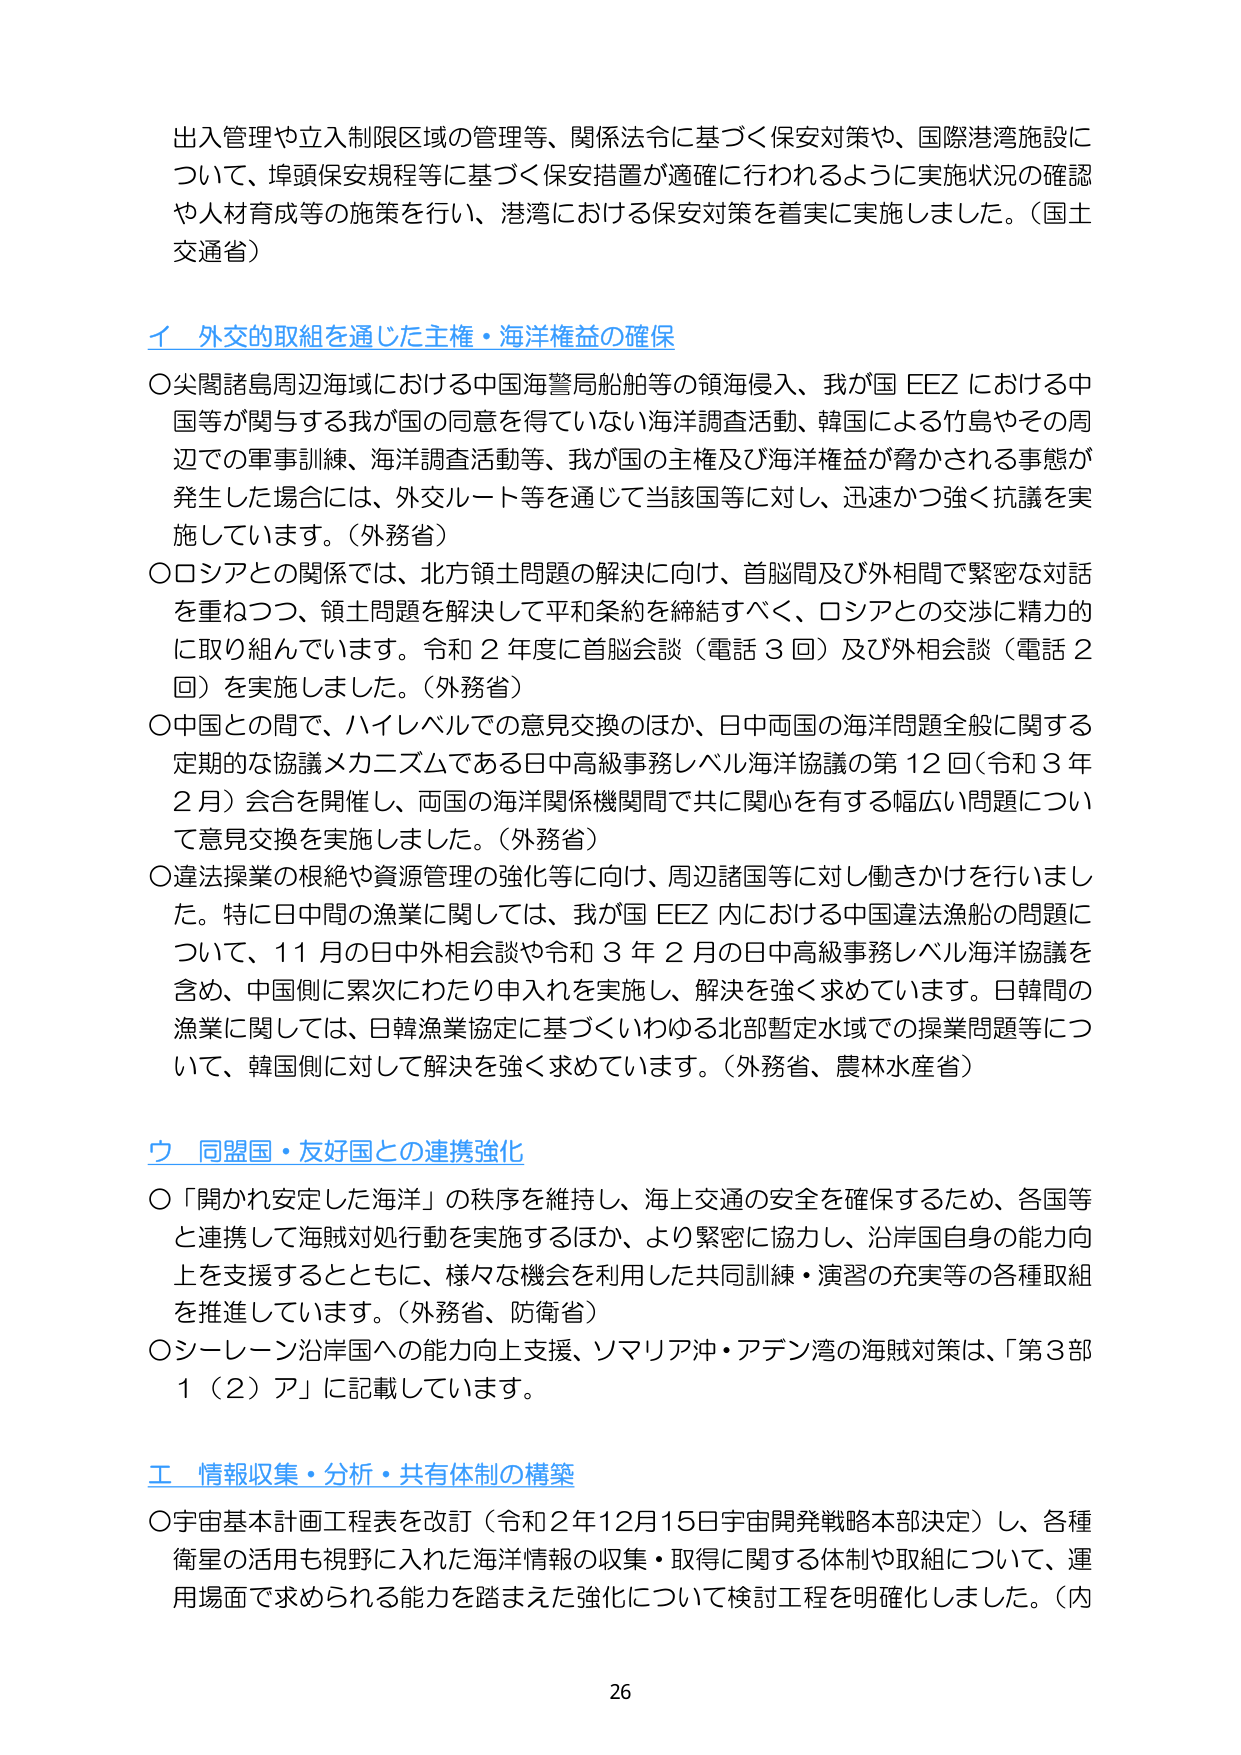
出入管理や立入制限区域の管理等、関係法令に基づく保安対策や、国際港湾施設について、埠頭保安規程等に基づく保安措置が適確に行われるように実施状況の確認や人材育成等の施策を行い、港湾における保安対策を着実に実施しました。（国土交通省）

イ 外交的取組を通じた主権・海洋権益の確保

〇尖閣諸島周辺海域における中国海警局船舶等の領海侵入、我が国 EEZ における中国等が関与する我が国の同意を得ていない海洋調査活動、韓国による竹島やその周辺での軍事訓練、海洋調査活動等、我が国の主権及び海洋権益が脅かされる事態が発生した場合には、外交ルート等を通じて当該国等に対し、迅速かつ強く抗議を実施しています。（外務省）

〇ロシアとの関係では、北方領土問題の解決に向け、首脳間及び外相間で緊密な対話を重ねつつ、領土問題を解決して平和条約を締結すべく、ロシアとの交渉に精力的に取り組んでいます。令和２年度に首脳会談（電話３回）及び外相会談（電話２回）を実施しました。（外務省）

〇中国との間で、ハイレベルでの意見交換のほか、日中両国の海洋問題全般に関する定期的な協議メカニズムである日中高級事務レベル海洋協議の第12回（令和3年2月）会合を開催し、両国の海洋関係機関間で共に関心を有する幅広い問題について意見交換を実施しました。（外務省）

〇違法操業の根絶や資源管理の強化等に向け、周辺諸国等に対し働きかけを行いました。特に日中間の漁業に関しては、我が国 EEZ 内における中国違法漁船の問題について、11月の日中外相会談や令和3年2月の日中高級事務レベル海洋協議を含め、中国側に累次にわたり申入れを実施し、解決を強く求めています。日韓間の漁業に関しては、日韓漁業協定に基づくいわゆる北部暫定水域での操業問題等について、韓国側に対して解決を強く求めています。（外務省、農林水産省）

ウ 同盟国・友好国との連携強化

〇「開かれた安定した海洋」の秩序を維持し、海上交通の安全を確保するため、各国等と連携して海賊対処行動を実施するほか、より緊密に協力し、沿岸国自身の能力向上を支援するとともに、様々な機会を利用した共同訓練・演習の充実等の各種取組を推進しています。（外務省、防衛省）

〇シーレーン沿岸国への能力向上支援、ソマリア沖・アデン湾の海賊対策は、「第3部1（2）ア」に記載しています。

エ 情報収集・分析・共有体制の構築

〇宇宙基本計画工程表を改訂（令和2年12月15日宇宙開発戦略本部決定）し、各種衛星の活用も視野に入れた海洋情報の収集・取得に関する体制や取組について、運用場面で求められる能力を踏まえた強化について検討工程を明確化しました。（内

26